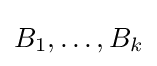
B_{1},\ldots ,B_{k}